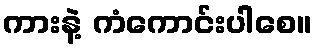
ကားနဲ့ ကံကောင်းပါစေ။